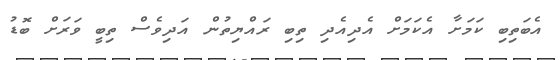
އެބަތިބި ކަމަށާ އެކަމަށް އެދިއެދި ތިބި ރައްޔިތުން އަދިވެސް ތިބީ ވަރަށް ބޮޑު